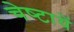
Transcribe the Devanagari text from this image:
चेष्‍टायें